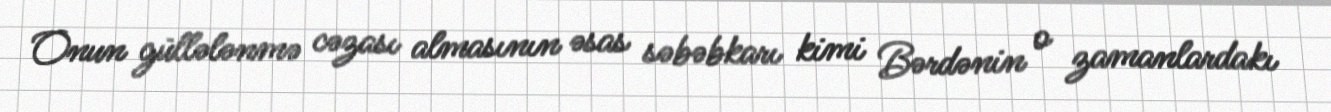
Onun güllələnmə cəzası almasının əsas səbəbkarı kimi Bərdənin o zamanlardakı